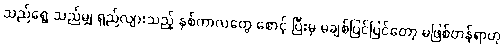
သည်ရွေ့ သည်မျှ ရှည်လျားသည့် နှစ်ကာလတွေ စောင့် ပြီးမှ မချစ်ပြင်ပြင်တော့ မဖြစ်တန်ရာဟု